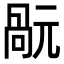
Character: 𠹬